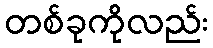
တစ်ခုကိုလည်း